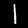
Digit: 1